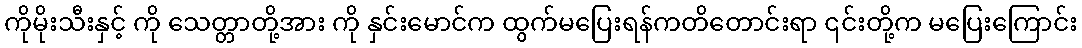
ကိုမိုးသီးနှင့် ကို သေတ္တာတို့အား ကို နှင်းမောင်က ထွက်မပြေးရန်ကတိတောင်းရာ ၎င်းတို့က မပြေးကြောင်း